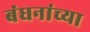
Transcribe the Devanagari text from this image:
बंधनांच्या